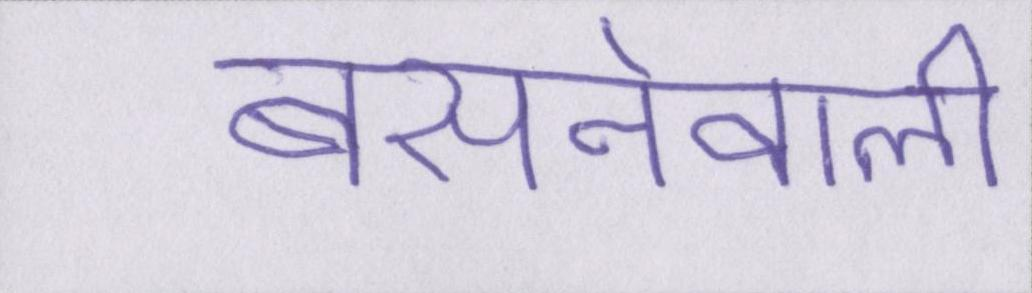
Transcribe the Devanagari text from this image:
बसनेवाली